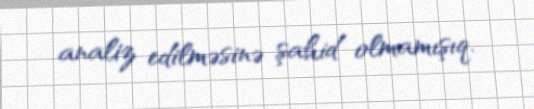
analiz edilməsinə şahid olmamışıq.